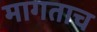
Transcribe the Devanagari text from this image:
मागताच